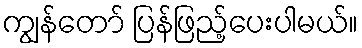
ကျွန်တော် ပြန်ဖြည့်ပေးပါမယ်။